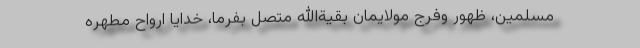
مسلمین، ظهور وفرج مولایمان بقیةالله متصل بفرما، خدایا ارواح مطهره